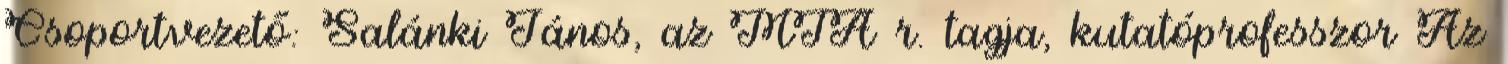
Csoportvezető: Salánki János, az MTA r. tagja, kutatóprofesszor Az